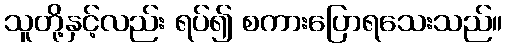
သူတို့နှင့်လည်း ရပ်၍ စကားပြောရသေးသည်။